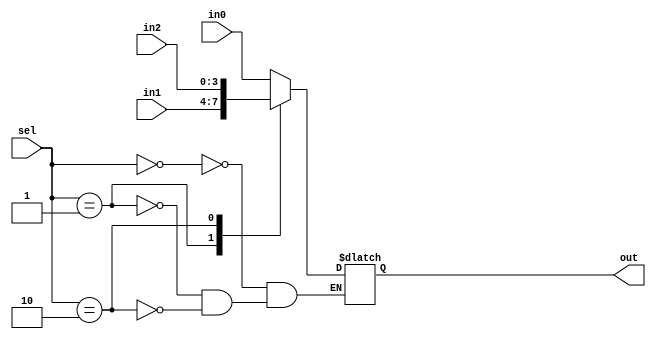
module Multiplexer4(out, in0, in1, in2, sel);
  output reg [3:0] out;
  input [3:0] in0, in1, in2;
  input [1:0] sel;
  
  always @ (*)
    case (sel)
      2'b00 : out = in0;
      2'b01 : out = in1;
      2'b10 : out = in2;
    endcase
endmodule